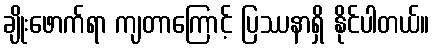
ချိုးဖောက်ရာ ကျတာကြောင့် ပြဿနာရှိ နိုင်ပါတယ်။